Notes on the propagation and cultivation of the medicinal cinchonas, or Peruvian bark trees
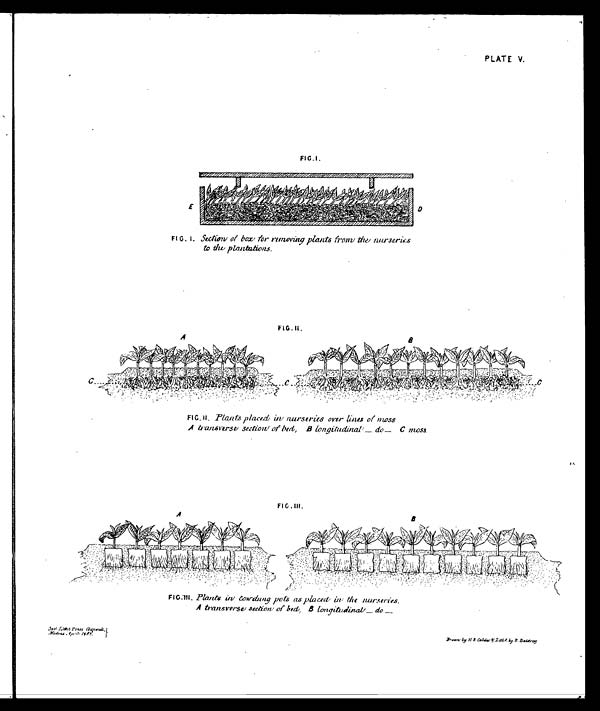
govt litho press chepauk
Madras, April 1967
PLATE V.
FIG.I. Section of box for runoving plants from the nurseries
t o t h e p l a n t a t i o n s .
FIG. II. .Plants placed in nurseries over lines of moss
A transverse section of bed, B longitudinal —do— C moss.
FIG III.Plants in cowdung pots as placed in the
nurseries.
A transverse section of bed, B longitudinal’— do —